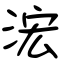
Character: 浤